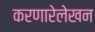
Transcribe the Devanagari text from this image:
करणारेलेखन